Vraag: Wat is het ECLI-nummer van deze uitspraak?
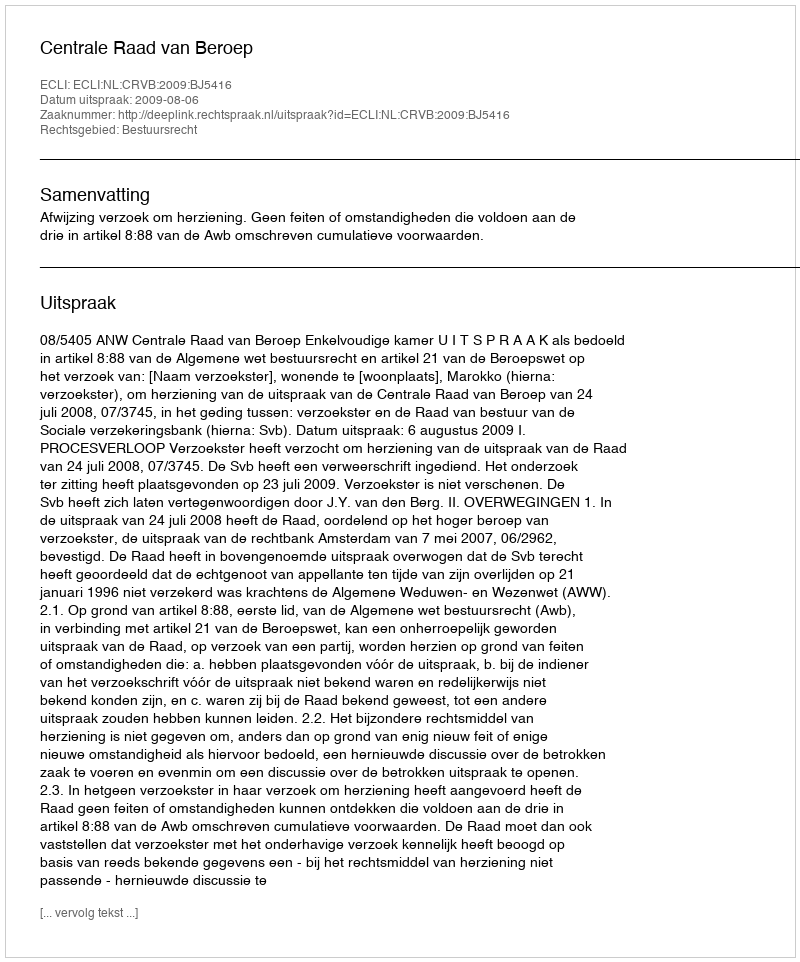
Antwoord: ECLI:NL:CRVB:2009:BJ5416